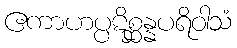
ဧကာဟပ္ပဋိစ္ဆန္နပရိဝါသံ